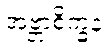
အဗ္ဘာစိက္ခနံ